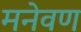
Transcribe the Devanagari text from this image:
मनेवण